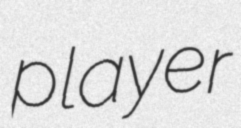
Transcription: player